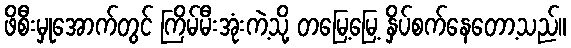
ဖိစီးမှုအောက်တွင် ကြိမ်မီးအုံးကဲ့သို့ တမြေ့မြေ့ နှိပ်စက်နေတော့သည်။